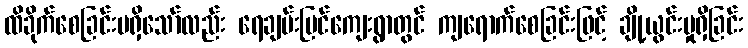
ထိခိုက်စေခြင်းမရှိသော်လည်း ရေချမ်းပြင်ကျေးရွာတွင် ကျရောက်စေခြင်းဖြင့် ချို့ယွင်းမှုရှိခြင်း